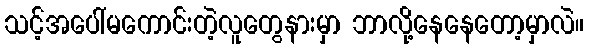
သင့်အပေါ်မကောင်းတဲ့လူတွေနားမှာ ဘာလို့နေနေတော့မှာလဲ။